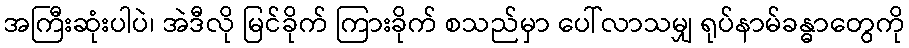
အကြီးဆုံးပါပဲ၊ အဲဒီလို မြင်ခိုက် ကြားခိုက် စသည်မှာ ပေါ်လာသမျှ ရုပ်နာမ်ခန္ဓာတွေကို